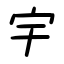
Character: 宇